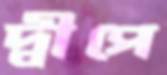
দ্বীপে